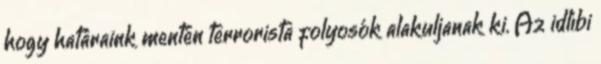
hogy határaink mentén terrorista folyosók alakuljanak ki. Az idlíbi